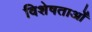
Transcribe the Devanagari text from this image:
विशेषताओँ